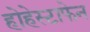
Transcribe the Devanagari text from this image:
होहेस्टाफेन